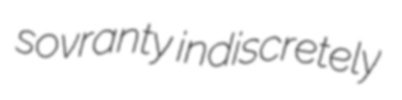
sovranty indiscretely